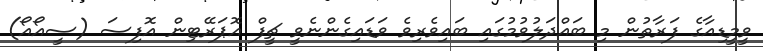
ވީމީޑިއާގެ ފަރާތުން މި ބައްދަލުވުމުގައި ބައިވެރިވެ ވަޑައިގެންނެވީ ޗީފް އޮޕަރޭޓިން އޮފިސަ (ސީއޯއޯ)